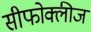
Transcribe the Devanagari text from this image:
सीफोक्लीज